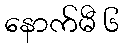
နောက်မီ ၆